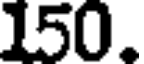
150.